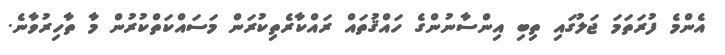
އެންމެ ފުރަތަމަ ޖަލުގައި ތިބި އިންސާނުންގެ ހައްޤުތައް ރައްކާރެތިކުރަން މަސައްކަތްކުރުން މާ ތާހިރުވާނެ.